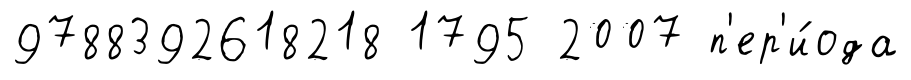
9788392618218 1795 2007 п'ер'и́ода